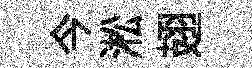
今淞翅